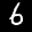
Label: 6